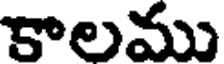
కాలము